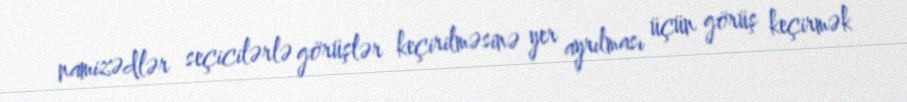
namizədlər seçicilərlə görüşlər keçirilməsinə yer ayrılması üçün görüş keçirmək